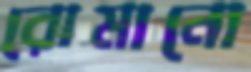
রোমানো